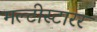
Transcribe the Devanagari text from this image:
मल्टीस्टारर